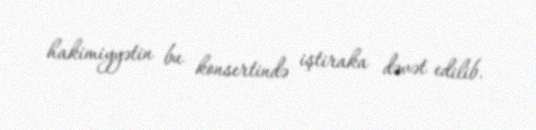
hakimiyyətin bu konsertində iştiraka dəvət edilib.